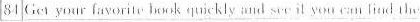
84 \underline{Get your favorito hook quickly and seil you can lind thy }